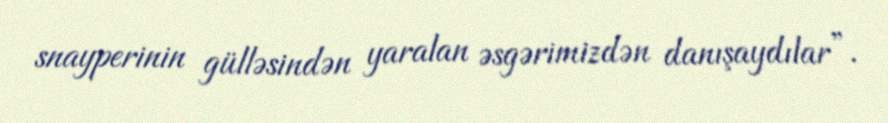
snayperinin gülləsindən yaralan əsgərimizdən danışaydılar”.